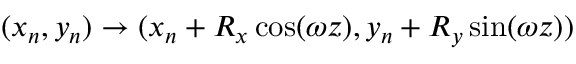
( x _ { n } , y _ { n } ) \rightarrow ( x _ { n } + R _ { x } \cos ( \omega z ) , y _ { n } + R _ { y } \sin ( \omega z ) )